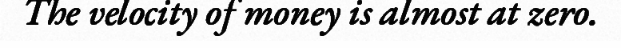
The velocity of money is almost at zero.